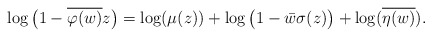
\begin{align*}\log\big(1-\overline{\varphi(w)}z\big) & = \log(\mu(z)) + \log\big(1-\bar{w}\sigma(z)\big) + \log(\overline{\eta(w)}).\end{align*}